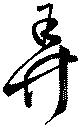
弄